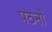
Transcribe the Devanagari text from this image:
पठनो